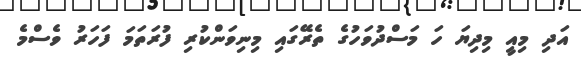
އަދި މިއީ މިދިޔަ ހަ މަސްދުވަހުގެ ތެރޭގައި މިނިވަންކުރި ފުރަތަމަ ފަހަރު ވެސްމެ